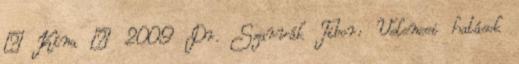
– Kína – 2009 Dr. Szarvák Tibor: Velencei hatások